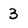
Character: 3